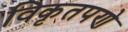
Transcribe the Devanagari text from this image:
विकृतपणे